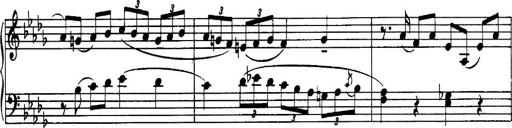
Title: 3 Sonatinas, Op.67
Composer: Jean Sibelius